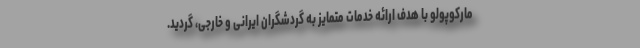
مارکوپولو با هدف ارائه خدمات متمایز به گردشگران ایرانی و خارجی، گردید.